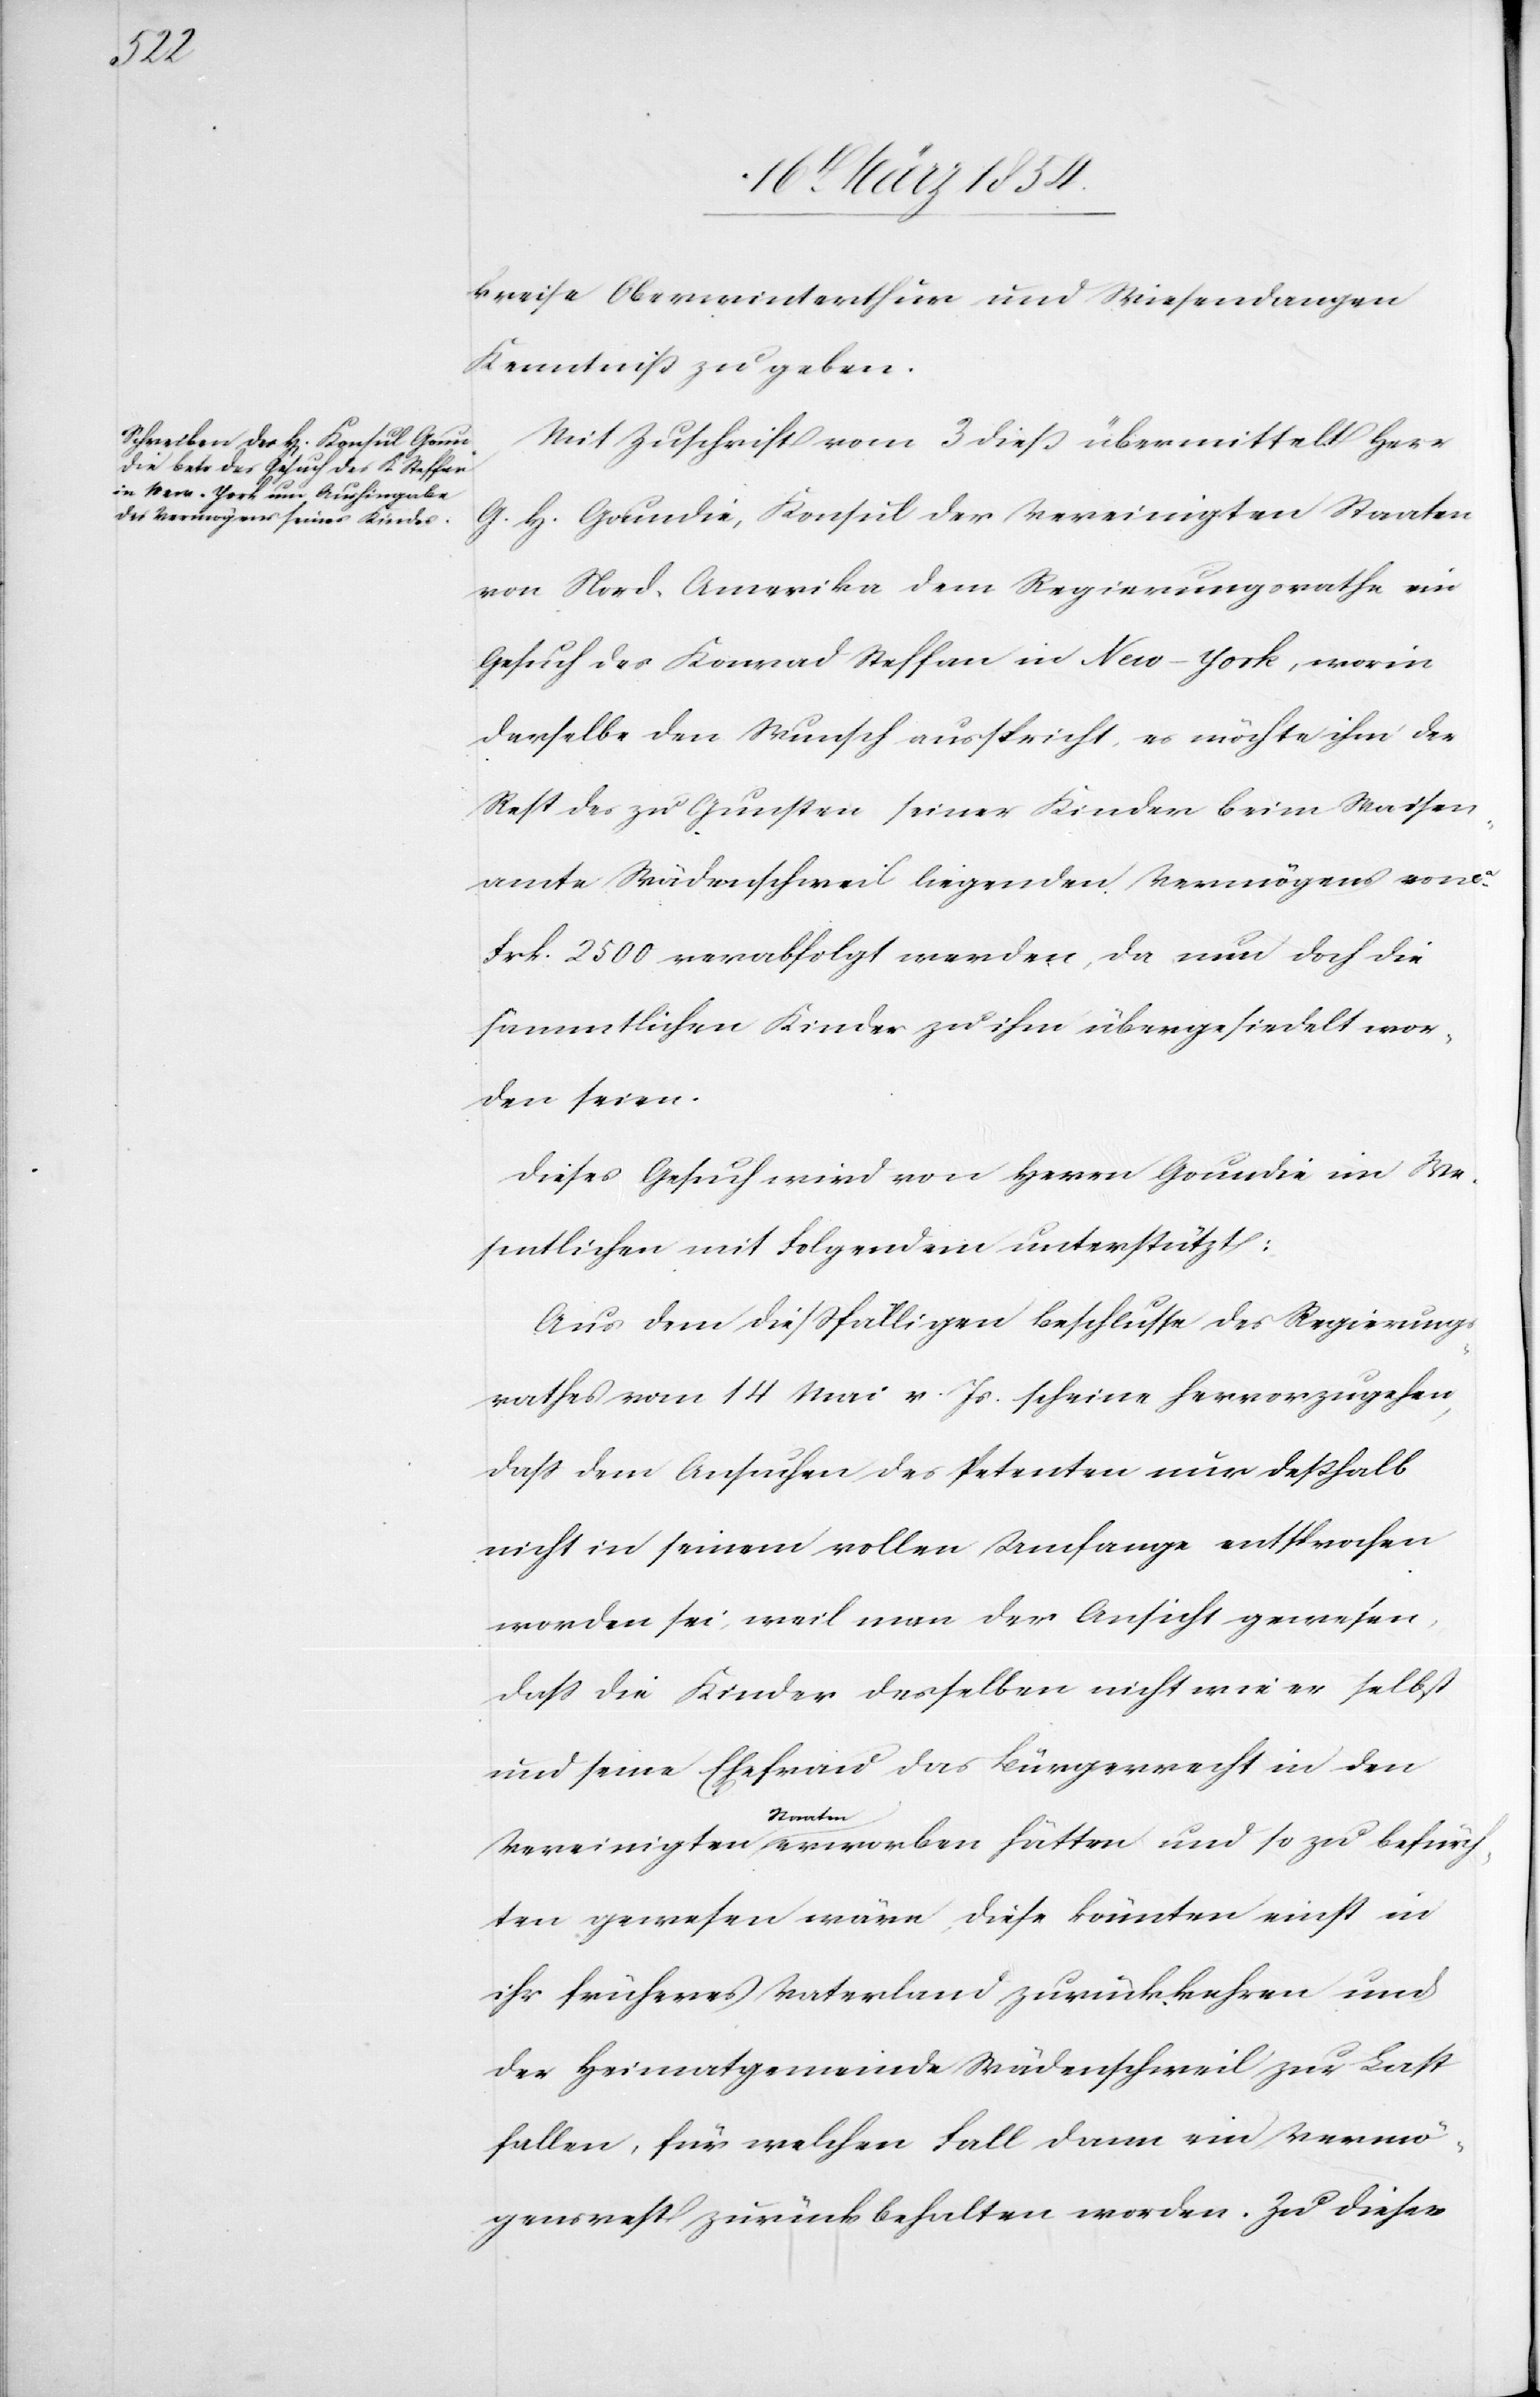
befürch¬

kreise Oberwinterthur und Wiesendangen
Kenntniß zu geben.
Mit Zuschrift vom 3 dieß übermittelt Herr
G. H. Goundie, Konsul der Vereinigten Staaten
von Nord. Amerika dem Regierungsrathe ein
Gesuch des Konrad Steffen in New-York, worin
derselbe den Wunsch ausspricht, es möchte ihm der
Rest des zu Gunsten seiner Kinder beim Waisen¬
amte Wädenschweil liegenden Vermögens von
Frk. 2500 verabfolgt werden, da nun doch die
sämmtlichen Kinder zu ihm übergesiedelt wor¬
den seien.
Dieses Gesuch wird von Herrn Goundie im We¬
sentlichen mit Folgendem unterstützt:
Aus dem dießfälligen Beschlusse des Regierungs¬
rathes vom 14 Mai v. Js. scheine hervorzugehen,
daß dem Ansuchen des Petenten nur deßhalb
nicht in seinem vollen Umfange entsprochen
worden sei, weil man der Ansicht gewesen,
daß die Kinder desselben nicht wie er selbst
und seine Ehefrau das Bürgerrecht in den
a-Staaten-a
ten gewesen wäre, diese könnten einst in
ihr früheres Vaterland zurückkehren und
der Heimatgemeinde Wädenschweil zur Last
fallen, für welchen Fall dann ein Vermö¬
gensrest zurück behalten worden. Zu dieser